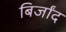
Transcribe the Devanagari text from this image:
बिर्जांद